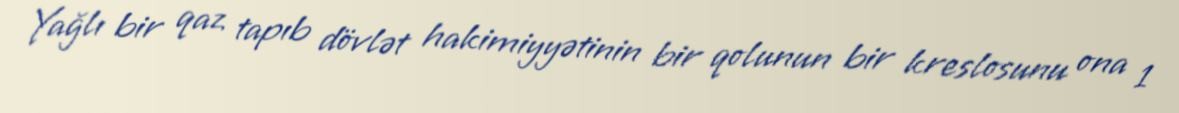
Yağlı bir qaz tapıb dövlət hakimiyyətinin bir qolunun bir kreslosunu ona 1